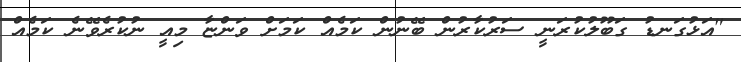
"އަޅުގަނޑު ގަބޫލުކުރަނީ ސަރުކާރުން ބޭނުން ކަމެއް ކަމަށް ވަންޏާ މިއީ ނުކުރެވޭނެ ކަމެއް